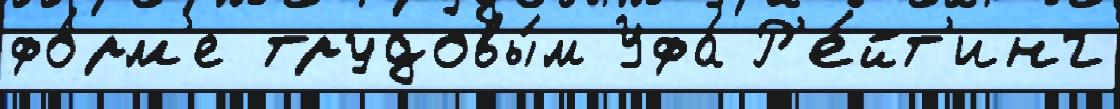
фо́рм'е трудовы́м Уфа́ Р'е́йт'инг